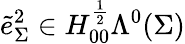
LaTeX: \tilde{e}_{\Sigma}^{2}\in H_{00}^{\frac{1}{2}}\Lambda^{0}(\Sigma)